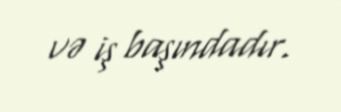
və iş başındadır.